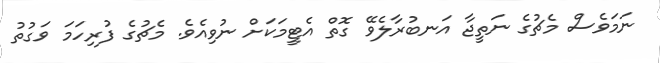
ނަމަވެސް މެޗުގެ ނަތީޖާ އަނބުރާލެވޭ ގޮތް އެޓީމަކަށް ނުވިއެވެ. މެޗުގެ ފުރިހަމަ ވަގުތު